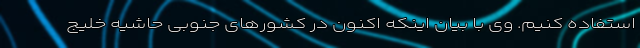
استفاده کنیم. وی با بیان اینکه اکنون در کشورهای جنوبی حاشیه خلیج‌